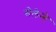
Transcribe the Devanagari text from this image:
सेलेन्गे